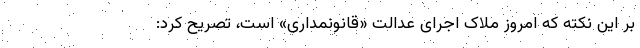
بر این نکته که امروز ملاک اجرای عدالت «قانونمداری» است، تصریح کرد: